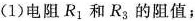
(1)电阻R_{1}和R_{3}的阻值；